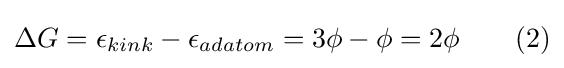
\Delta G=\epsilon _{kink}-\epsilon _{adatom}=3\phi -\phi =2\phi \qquad (2)